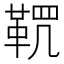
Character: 𩊸